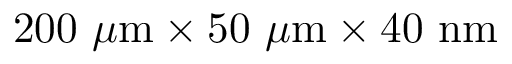
2 0 0 \ \mu \mathrm { m } \times 5 0 \ \mu \mathrm { m } \times 4 0 \ \mathrm { n m }